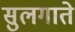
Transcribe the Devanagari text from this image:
सुलगाते